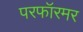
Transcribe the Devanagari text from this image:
परफॉरमर